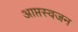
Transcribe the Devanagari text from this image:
आप्तस्वजन